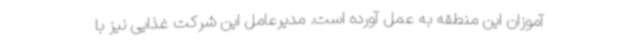
آموزان این منطقه به عمل آورده است. مدیرعامل این شرکت غذایی نیز با